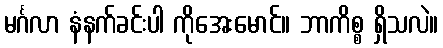
မင်္ဂလာ နံနက်ခင်းပါ ကိုအေးမောင်။ ဘာကိစ္စ ရှိသလဲ။